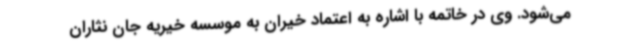
می‌شود. وی در خاتمه با اشاره به اعتماد خیران به موسسه خیریه جان نثاران